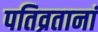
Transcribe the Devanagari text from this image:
पतिव्रतानां